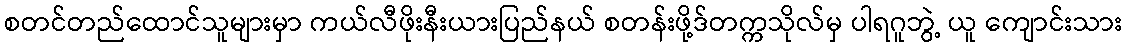
စတင်တည်ထောင်သူများမှာ ကယ်လီဖိုးနီးယားပြည်နယ် စတန်းဖို့ဒ်တက္ကသိုလ်မှ ပါရဂူဘွဲ့ ယူ ကျောင်းသား